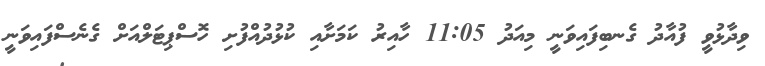
ވިދާޅުވީ ފުއާދު ގެނބިފައިވަނީ މިއަދު 11:05 ހާއިރު ކަމަށާއި ކުޅުދުއްފުށި ހޮސްޕިޓަލްއަށް ގެނެސްފައިވަނީ